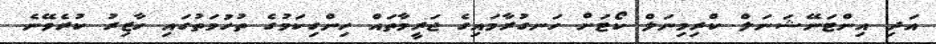
އަދި އިންޓަނޭޝަނަލް ކްރިމިނަލް ކޯޓަށް ހަނގުރާމައިގެ ޖަރީމާތައް ހިންގިކަމުގެ ތުހުމަތުގައި ހާޒިރު ކުރެވޭނެ